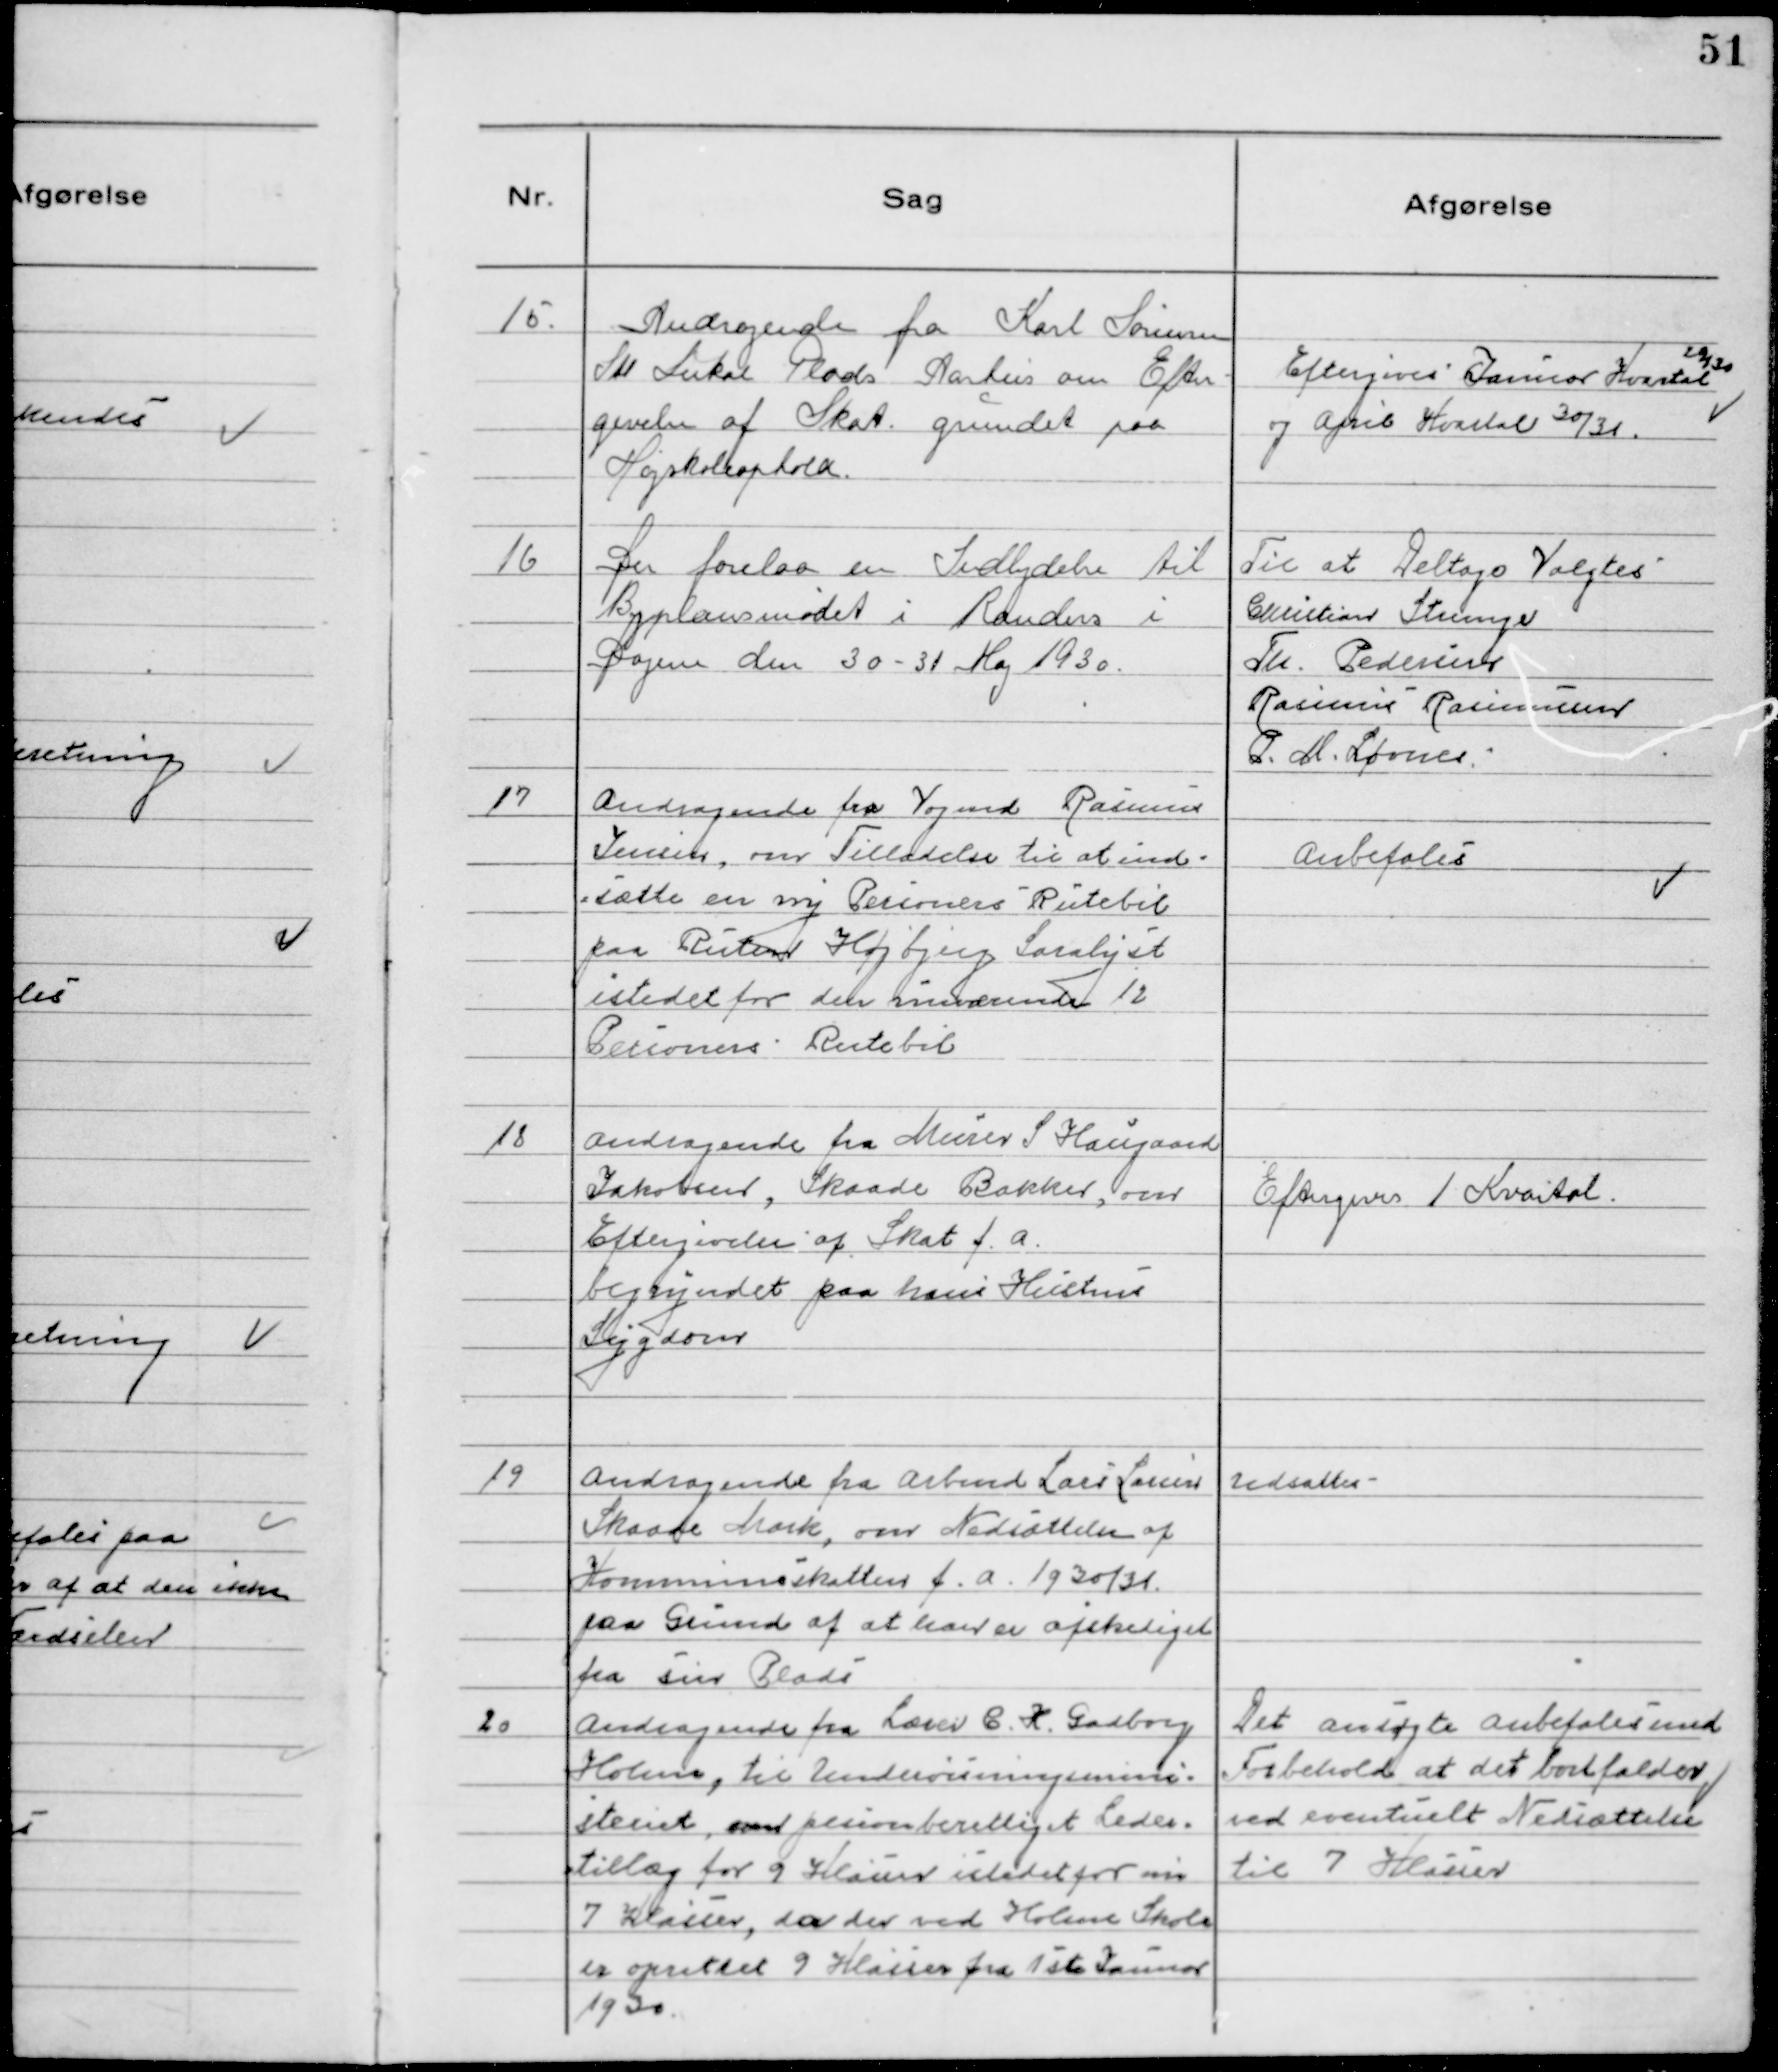
Transskription:
15. Andragende fra Karl Sørensen
Skt Lukas Plads Aarhus om Efter-
givelse af Skat grundet paa
Højskoleophold.

Eftergives Januar Kvartal 29/30
og April Kvartal 30/31.

16 Der forelaa en Indbydelse til
Byplansmødet i Randers i
Dagene den 30-31 Maj 1930.

Til at Deltage Valgtes
Christian Strunge
Th. Pedersen
Rasmus Rasmussen
P.M. Løvnes

17 Andragende fra Vogmd Rasmus
Jensen, om Tilladelse til at ind-
sætte en ny Personers Rutebil
paa Ruten Højbjerg Saralyst
istedet for den nuværende 12
Personers Rutebil

Anbefales

18 Andragende fra Murer S Haugaard
Jakobsen, Skaade Bakker, om
Eftergivelse af Skat f.a.
begryndet paa hans Hustrus
Sygdom

Eftergives 1 Kvartal.

19 Andragende fra Arbmd Lars Larsen
Skaade Mark, om Nedsættelse af
Kommuneskatten f.a. 1930/31
paa Grund af at han er afskediget
fra sin Plads

Udsattes

20 Andragende fra Lærer C. K. Gadborg
Holme, til Undervisningsmini-
steriet, om pensionsberettiget Leder-
tillæg for 9 Klasser istedet for nu
7 Klasser, da der ved Holme Skole
er oprettet 9 Klasser fra 1ste Januar
1930

Det ansøgte anbefales med
Forbehold at det bortfalder
ved eventuelt Nedsættelse
til 7 Klasser